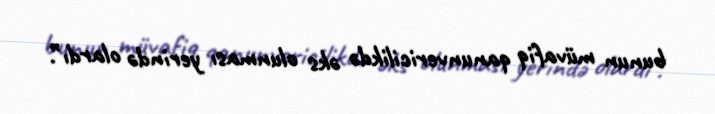
bunun müvafiq qanunvericilikdə əks olunması yerində olardı”.